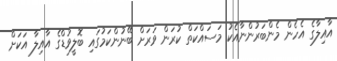
އާއިލާގެ އެހެން މެންބަރުންނާއެކު މަސައްކަތް ކުރަން ވަރަށް ބޭނުންކަމުގައި ބޮލީވުޑްގެ އާއިލާ އަަކަށް